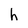
Character: h